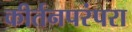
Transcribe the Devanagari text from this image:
कीर्तनपरंपरा